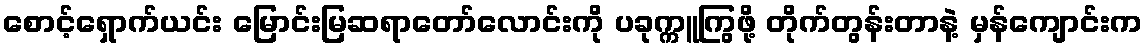
စောင့်ရှောက်ယင်း မြောင်းမြဆရာတော်လောင်းကို ပခုက္ကူကြွဖို့ တိုက်တွန်းတာနဲ့ မှန်ကျောင်းက